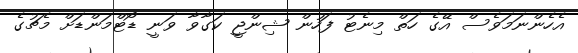
އެހެންނަމަވެސް އޭގެ ހަތް މިނެޓު ފަހުން ޝިންޖީ ކަގާވާ ވަނީ ޑޯޓްމަންޑަށް މެޗުގެ